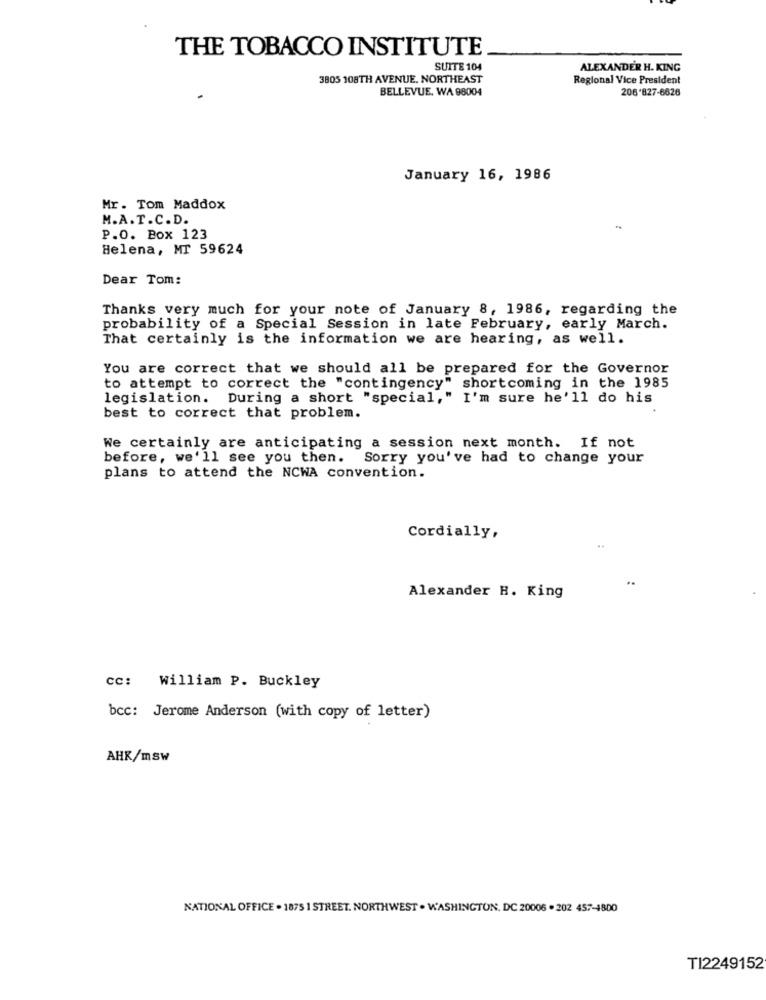
THE TOBACCO INSTITUTE
SUITE 104
ALEXANDER H. KING
3805 108TH AVENUE. NORTHEAST
Regional Vice President
BELLEVUE, WA 98004
206'827-6626
January 16, 1986
Mr. Tom Maddox
M.A.T.C.D.
P.O. Box 123
Helena, MT 59624
Dear Tom:
Thanks very much for your note of January 8, 1986, regarding the
probability of a Special Session in late February, early March.
That certainly is the information we are hearing, as well.
You are correct that we should all be prepared for the Governor
to attempt to correct the "contingency" shortcoming in the 1985
legislation. During a short "special," I'm sure he'll do his
best to correct that problem.
We certainly are anticipating a session next month. If not
before, we'll see you then. Sorry you've had to change your
plans to attend the NCWA convention.
Cordially,
Alexander H. King
cc: William P. Buckley
bcc: Jerome Anderson (with copy of letter)
AHK/mSw
NATIONAL OFFICE . 1875 1 STREET. NORTHWEST . WASHINGTON, DC 20006 . 202 457-4800
TI2249152